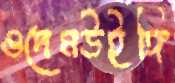
ওদেমউইঙ্গি